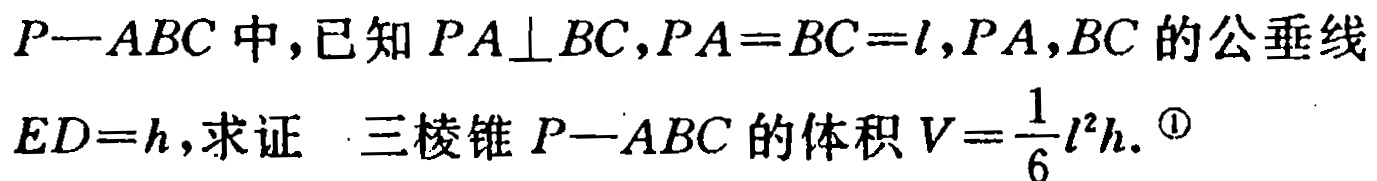
在三棱锥\(P - ABC\)中，已知\(PA\perp BC\)，\(PA = BC = l\)，\(PA\)，\(BC\)的公垂线\(ED = h\)，求证：三棱锥\(P - ABC\)的体积\(V=\frac{1}{6}l^{2}h\)。